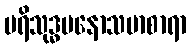
ပရိသုဒ္ဓမနောသမာစာရာ